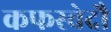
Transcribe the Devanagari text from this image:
कफस्वेदौ